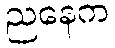
ညနေက